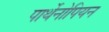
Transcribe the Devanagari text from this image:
पार्थेनोपियन